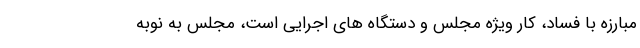
مبارزه با فساد، کار ویژه مجلس و دستگاه های اجرایی است، مجلس به نوبه